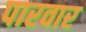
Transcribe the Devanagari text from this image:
पारवार